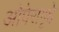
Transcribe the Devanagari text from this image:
ओपेरागृहे